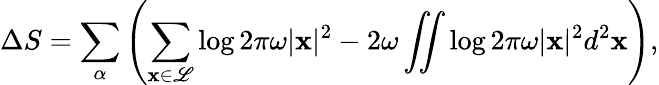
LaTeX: \Delta S=\sum_{\alpha}\left(\sum_{\mathbf x\in\mathscr L}\log 2\pi\omega|\mathbf x|^{2}-2\omega\iint\log 2\pi\omega|\mathbf x|^{2}d^{2}\mathbf x\right),